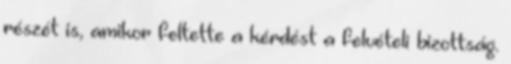
részét is, amikor feltette a kérdést a felvételi bizottság.